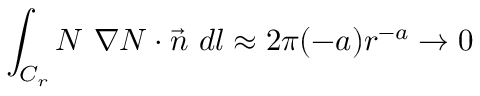
\int _ { C _ { r } } N ~ \nabla N \cdot \vec { n } ~ d l \approx 2 \pi ( - a ) r ^ { - a } \rightarrow 0